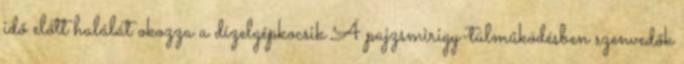
idő előtt halálát okozza a dízelgépkocsik A pajzsmirigy-túlműködésben szenvedők